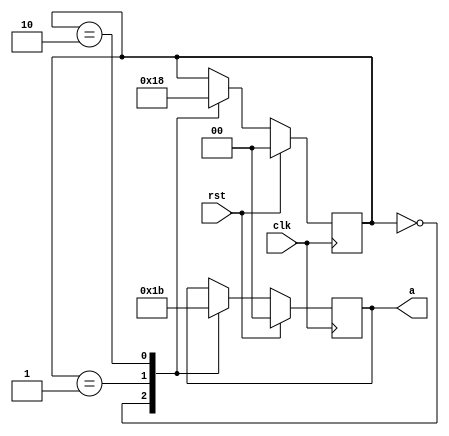
/* Generated by Yosys 0.42+40 (git sha1 a739e21a5, clang++ 14.0.0-1ubuntu1.1 -fPIC -Os) */

(* top =  1  *)
(* src = "/home/user/SDR-HLS/5.NewModules/SquareRoot/sequential/amaranth/amaranth_test/test.py:11" *)
(* generator = "Amaranth" *)
module top(rst, a, clk);
  reg \$auto$verilog_backend.cc:2352:dump_module$1  = 0;
  wire \$1 ;
  wire \$2 ;
  wire \$3 ;
  reg [1:0] \$4 ;
  reg [1:0] \$5 ;
  (* src = "/home/user/SDR-HLS/5.NewModules/SquareRoot/sequential/amaranth/amaranth_test/test.py:7" *)
  output [1:0] a;
  reg [1:0] a = 2'h0;
  (* src = "/home/user/FPGA/tools/amaranth/amaranth/hdl/_ir.py:215" *)
  input clk;
  wire clk;
  (* src = "/usr/lib/python3.10/contextlib.py:142" *)
  reg [1:0] fsm_state = 2'h0;
  (* src = "/home/user/FPGA/tools/amaranth/amaranth/hdl/_ir.py:215" *)
  input rst;
  wire rst;
  (* src = "/home/user/SDR-HLS/5.NewModules/SquareRoot/sequential/amaranth/amaranth_test/test.py:7" *)
  always @(posedge clk)
    a <= \$4 ;
  (* src = "/usr/lib/python3.10/contextlib.py:142" *)
  always @(posedge clk)
    fsm_state <= \$5 ;
  assign \$1  = ! (* src = "/home/user/FPGA/tools/amaranth/amaranth/hdl/_dsl.py:490" *) fsm_state;
  assign \$2  = fsm_state == (* src = "/home/user/FPGA/tools/amaranth/amaranth/hdl/_dsl.py:490" *) 1'h1;
  assign \$3  = fsm_state == (* src = "/home/user/FPGA/tools/amaranth/amaranth/hdl/_dsl.py:490" *) 2'h2;
  always @* begin
    if (\$auto$verilog_backend.cc:2352:dump_module$1 ) begin end
    \$5  = fsm_state;
    casez (fsm_state)
      2'h0:
          \$5  = 2'h1;
      2'h1:
          \$5  = 2'h2;
      2'h2:
          \$5  = 2'h0;
    endcase
    if (rst) begin
      \$5  = 2'h0;
    end
  end
  always @* begin
    if (\$auto$verilog_backend.cc:2352:dump_module$1 ) begin end
    \$4  = a;
    casez (fsm_state)
      2'h0:
          \$4  = 2'h1;
      2'h1:
          \$4  = 2'h2;
      2'h2:
          \$4  = 2'h3;
    endcase
    if (rst) begin
      \$4  = 2'h0;
    end
  end
endmodule